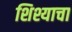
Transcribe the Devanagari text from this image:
शिश्याचा